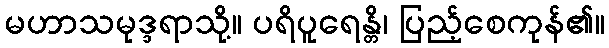
မဟာသမုဒ္ဒရာသို့။ ပရိပူရေန္တိ၊ ပြည့်စေကုန်၏။